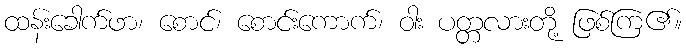
ထန်းခေါက်ဖာ၊ စောင်၊ စောင်းကောက်၊ ဝါး ပတ္တလားတို့ ဖြစ်ကြ၏။